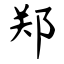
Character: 郑